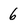
Character: 6